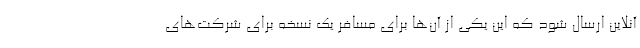
آنلاین ارسال شود که این یکی از آن‌ها برای مسافر یک نسخه برای شرکت‌های